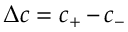
{ \Delta c = c _ { + } \, { - } \, c _ { - } }